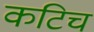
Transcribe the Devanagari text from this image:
कटिच